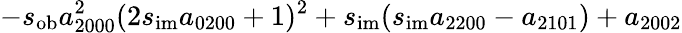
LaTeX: -s_{\mathrm{ob}}a_{2000}^{2}(2s_{\mathrm{im}}a_{0200}+1)^{2}+s_{\mathrm{im}}(s_{\mathrm{im}}a_{2200}-a_{2101})+a_{2002}